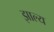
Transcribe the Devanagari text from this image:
झाल्य